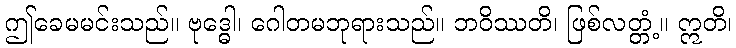
ဤခေမမင်းသည်။ ဗုဒ္ဓေါ၊ ဂေါတမဘုရားသည်။ ဘဝိဿတိ၊ ဖြစ်လတ္တံ့။ ဣတိ၊